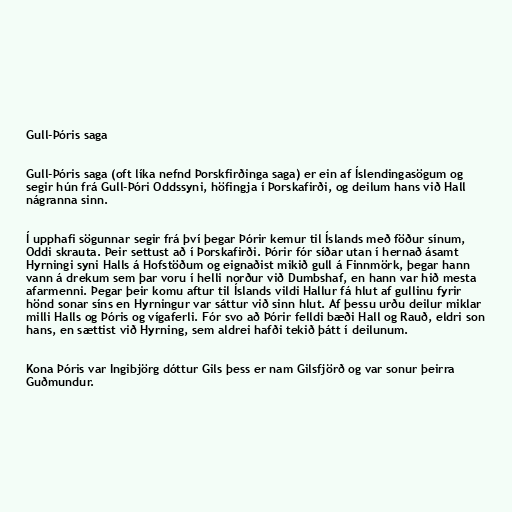
Gull-Þóris saga

Gull-Þóris saga (oft líka nefnd Þorskfirðinga saga) er ein af Íslendingasögum og
segir hún frá Gull-Þóri Oddssyni, höfingja í Þorskafirði, og deilum hans við Hall
nágranna sinn.

Í upphafi sögunnar segir frá því þegar Þórir kemur til Íslands með föður sínum,
Oddi skrauta. Þeir settust að í Þorskafirði. Þórir fór síðar utan í hernað ásamt
Hyrningi syni Halls á Hofstöðum og eignaðist mikið gull á Finnmörk, þegar hann
vann á drekum sem þar voru í helli norður við Dumbshaf, en hann var hið mesta
afarmenni. Þegar þeir komu aftur til Íslands vildi Hallur fá hlut af gullinu fyrir
hönd sonar síns en Hyrningur var sáttur við sinn hlut. Af þessu urðu deilur miklar
milli Halls og Þóris og vígaferli. Fór svo að Þórir felldi bæði Hall og Rauð, eldri son
hans, en sættist við Hyrning, sem aldrei hafði tekið þátt í deilunum.

Kona Þóris var Ingibjörg dóttur Gils þess er nam Gilsfjörð og var sonur þeirra
Guðmundur.